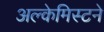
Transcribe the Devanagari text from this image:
अल्केमिस्टने